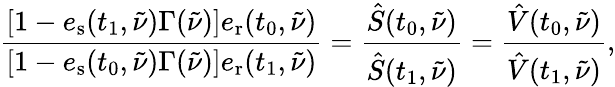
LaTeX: \frac{\left[1-e_{\mathrm{s}}(t_{1},\tilde{\nu})\Gamma(\tilde{\nu})\right]e_{\mathrm{r}}(t_{0},\tilde{\nu})}{\left[1-e_{\mathrm{s}}(t_{0},\tilde{\nu})\Gamma(\tilde{\nu})\right]e_{\mathrm{r}}(t_{1},\tilde{\nu})}=\frac{\hat{S}(t_{0},\tilde{\nu})}{\hat{S}(t_{1},\tilde{\nu})}=\frac{\hat{V}(t_{0},\tilde{\nu})}{\hat{V}(t_{1},\tilde{\nu})},